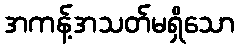
အကန့်အသတ်မရှိသော